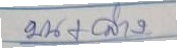
บน+ล่าง